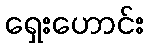
ရှေးဟောင်း